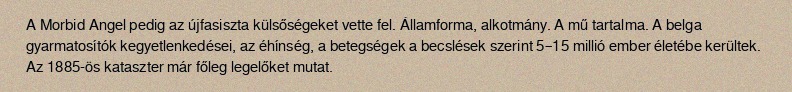
A Morbid Angel pedig az újfasiszta külsőségeket vette fel. Államforma, alkotmány. A mű tartalma. A belga gyarmatosítók kegyetlenkedései, az éhínség, a betegségek a becslések szerint 5–15 millió ember életébe kerültek. Az 1885-ös kataszter már főleg legelőket mutat.